Indian journal of veterinary science and animal husbandry - Volume 11,
Year: 1941
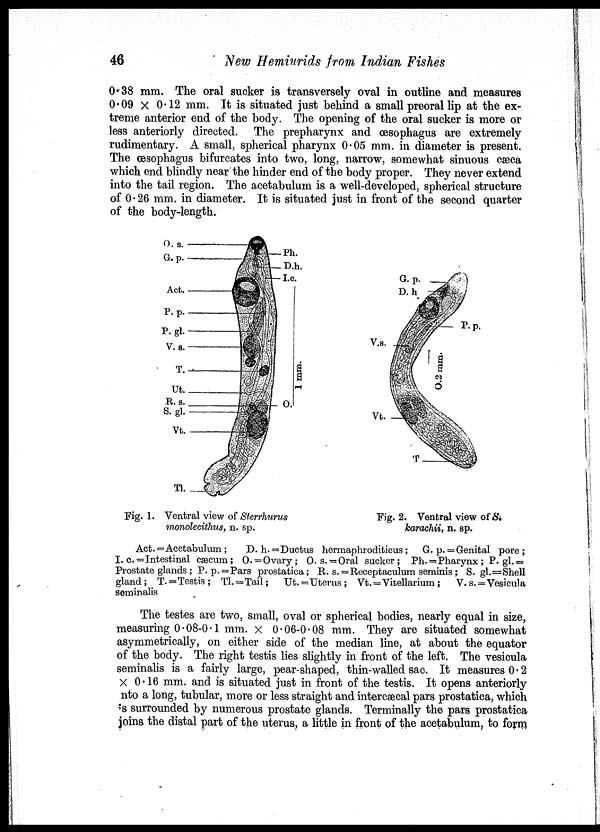
46
New Hemiurids from Indian Fishes
0.38 mm. The oral sucker is transversely oval in outline and measures
0.09 × 0.12 mm. It is situated just behind a small preoral lip at the ex-
treme anterior end of the body. The opening of the oral sucker is more or
less anteriorly directed. The prepharynx and œsophagus are extremely
rudimentary. A small, spherical pharynx 0.05 mm. in diameter is present.
The œsophagus bifurcates into two, long, narrow, somewhat sinuous cæca
which end blindly near the hinder end of the body proper. They never extend
into the tail region. The acetabulum is a well-developed, spherical structure
of 0.26 mm. in diameter. It is situated just in front of the second quarter
of the body-length.
Fig. 1. Ventral view of Sterrhurus
monolecithus, n. sp.
Fig. 2. Ventral view of S.
karachii, n. sp.
Act. = Acetabulum ;
D. h. = Ductus hermaphroditicus ; G. p. = Genital pore ;
I. c. =Intestinal cæcum ; O. = Ovary ; O. s. = Oral sucker ; Ph. =Pharynx ; P. gl. =
Prostate glands ; P. p. =Pars prostatica ; R. s. =Receptaculum seminis ; S. gl. =Shell
gland ; T. =Testis ; Tl. =Tail; Ut. =Uterus ; Vt. =Vitellarium; V. s. =Vesicula
seminalis
The testes are two, small, oval or spherical bodies, nearly equal in size,
measuring 0.08-0.1 mm. × 0.06-0.08 mm. They are situated somewhat
asymmetrically, on either side of the median line, at about the equator
of the body. The right testis lies slightly in front of the left. The vesicula
seminalis is a fairly large, pear-shaped, thin-walled sac. It measures 0.2
× 0.16 mm. and is situated just in front of the testis. It opens anteriorly
nto a long, tubular, more or less straight and intercæcal pars prostatica, which
is surrounded by numerous prostate glands. Terminally the pars prostatica
joins the distal part of the uterus, a little in front of the acetabulum, to form